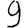
Digit: 9